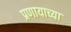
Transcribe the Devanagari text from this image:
प्रणायाच्या